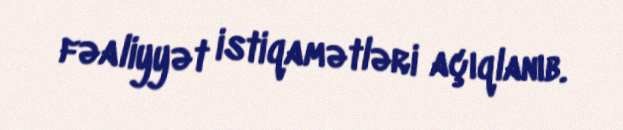
fəaliyyət istiqamətləri açıqlanıb.